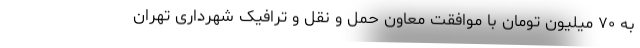
به ۷۰ میلیون تومان با موافقت معاون حمل و نقل و ترافیک شهرداری تهران